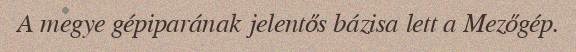
A megye gépiparának jelentős bázisa lett a Mezőgép.